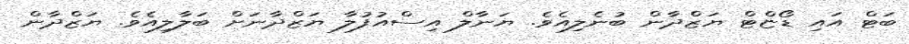
ބަޓް އައި ޑޯޏްޓް ޔަޒްދާން ބުނެލިއެވެ. ޔަނާލް އިސްއުފުލާ ޔަޒްދާނަށް ބަލާލިއެވެ. ޔަޒްދާން